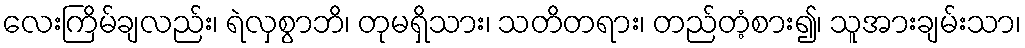
လေးကြိမ်ချလည်း၊ ရဲလှစွာဘိ၊ တုမရှိသား၊ သတိတရား၊ တည်တံ့စား၍၊ သူအားချမ်းသာ၊